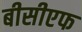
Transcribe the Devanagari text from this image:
बीसीएफ